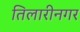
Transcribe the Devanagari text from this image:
तिलारीनगर